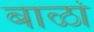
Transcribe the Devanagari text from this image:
बाळां